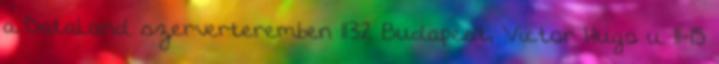
a DataLand szerverteremben 1132 Budapest, Victor Hugo u. 11-15